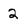
Character: 2